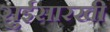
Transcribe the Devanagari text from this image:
सुईसारखी